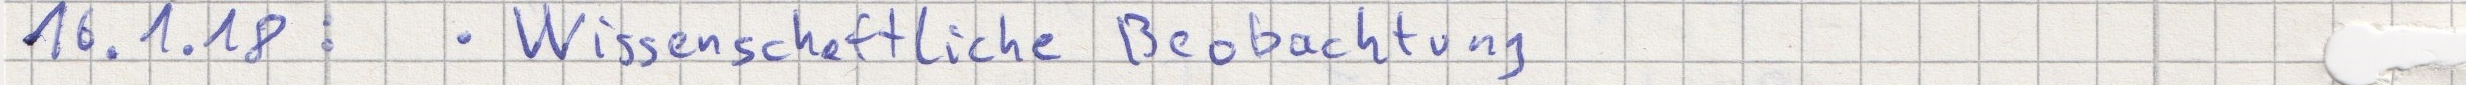
16.1.18:  - Wissenschaftliche Beobachtung